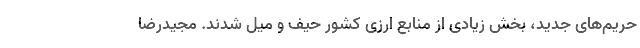
حریم‌های جدید، بخش زیادی از منابع ارزی کشور حیف و میل شدند. مجیدرضا